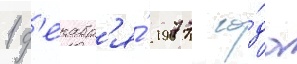
1 д'екабр'я́ 1977 го́да